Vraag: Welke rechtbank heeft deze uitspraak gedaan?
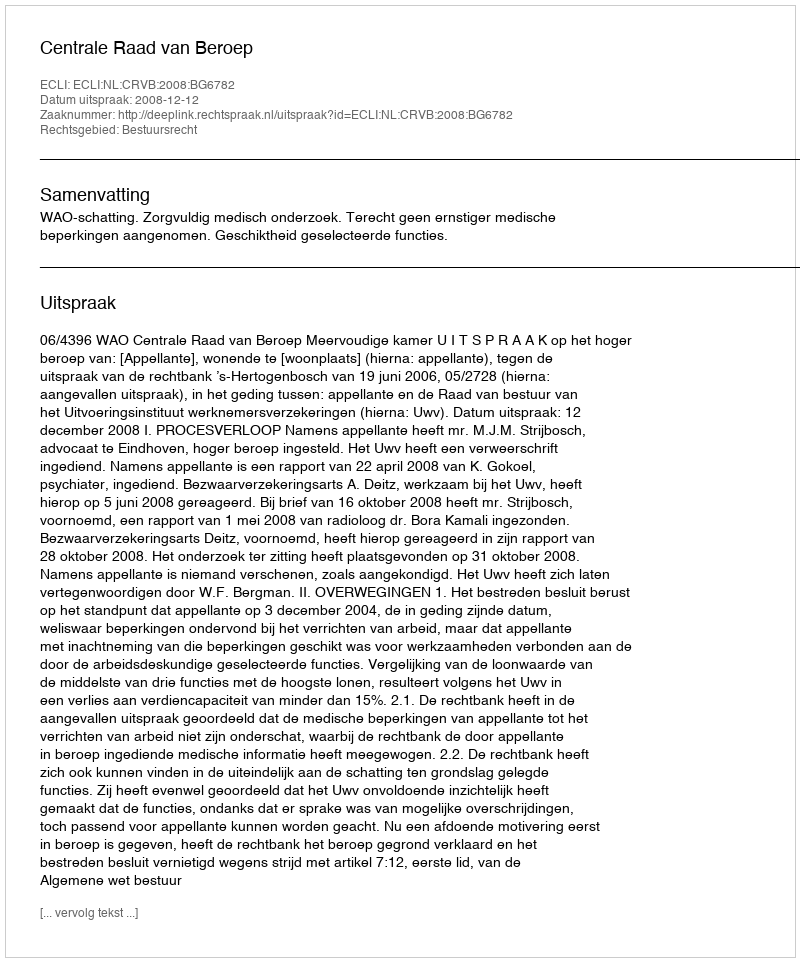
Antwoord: Centrale Raad van Beroep